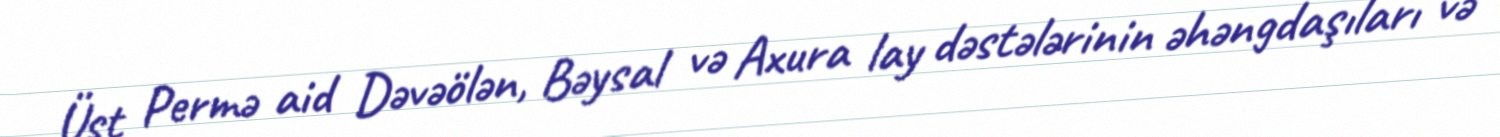
Üst Permə aid Dəvəölən, Bəysal və Axura lay dəstələrinin əhəngdaşıları və